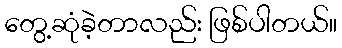
တွေ့ဆုံခဲ့တာလည်း ဖြစ်ပါတယ်။